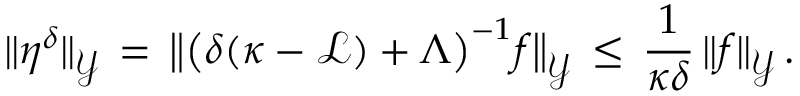
\| \eta ^ { \delta } \| _ { \mathcal { Y } } \, = \, \bigl \| \bigl ( \delta ( \kappa - \mathcal { L } ) + \Lambda \bigr ) ^ { - 1 } f \bigr \| _ { \mathcal { Y } } \, \le \, \frac { 1 } { \kappa \delta } \, \| f \| _ { \mathcal { Y } } \, .